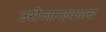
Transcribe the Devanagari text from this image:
उरोजाजवळच